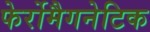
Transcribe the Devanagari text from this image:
फेर्रोमैगनेटिक